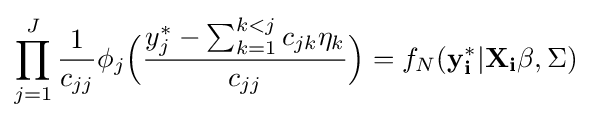
\prod _{j=1}^{J}{\frac {1}{c_{jj}}}\phi _{j}{\Big (}{\frac {y_{j}^{*}-\sum _{k=1}^{k<j}c_{jk}\eta _{k}}{c_{jj}}}{\Big )}=f_{N}(\mathbf {y_{i}^{*}} |\mathbf {X_{i}\beta } ,\Sigma )